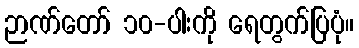
ဉာဏ်တော် ၁၀-ပါးကို ရေတွက်ပြပုံ။